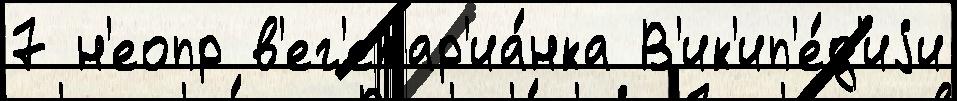
7 н'еопр в'ег'етар'иа́нка В'ик'ип'е́д'иjи